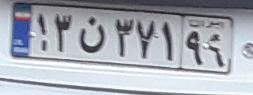
۱۳ن۳۷۱۹۹